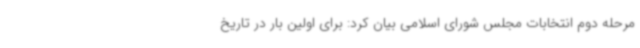
مرحله دوم انتخابات مجلس شورای اسلامی بیان کرد: برای اولین بار در تاریخ